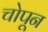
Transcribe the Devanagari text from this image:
चोपून